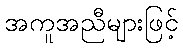
အကူအညီများဖြင့်